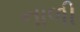
નાળી